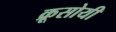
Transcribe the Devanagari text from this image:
क्रूसोयी